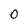
Character: 0